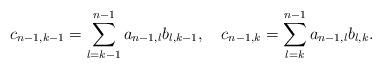
LaTeX: \begin{align*}c_{n-1,k-1} = \sum_{l=k-1}^{n-1} a_{n-1,l} b_{l,k-1}, ~~~c_{n-1,k} = \sum_{l=k}^{n-1} a_{n-1,l} b_{l,k}. \end{align*}